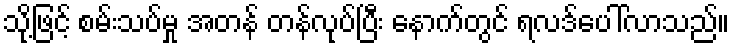
သို့ဖြင့် စမ်းသပ်မှု အတန် တန်လုပ်ပြီး နောက်တွင် ရလဒ်ပေါ်လာသည်။